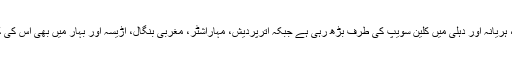
بی جے پی راجستھان، گجرات، ہریانہ اور دہلی میں کلین سویپ کی طرف بڑھ رہی ہے جبکہ اترپردیش، مہاراشٹر، مغربی بنگال، اڑیسہ اور بہار میں بھی اس کی کارکردگی بہت اچھی رہی ہے۔